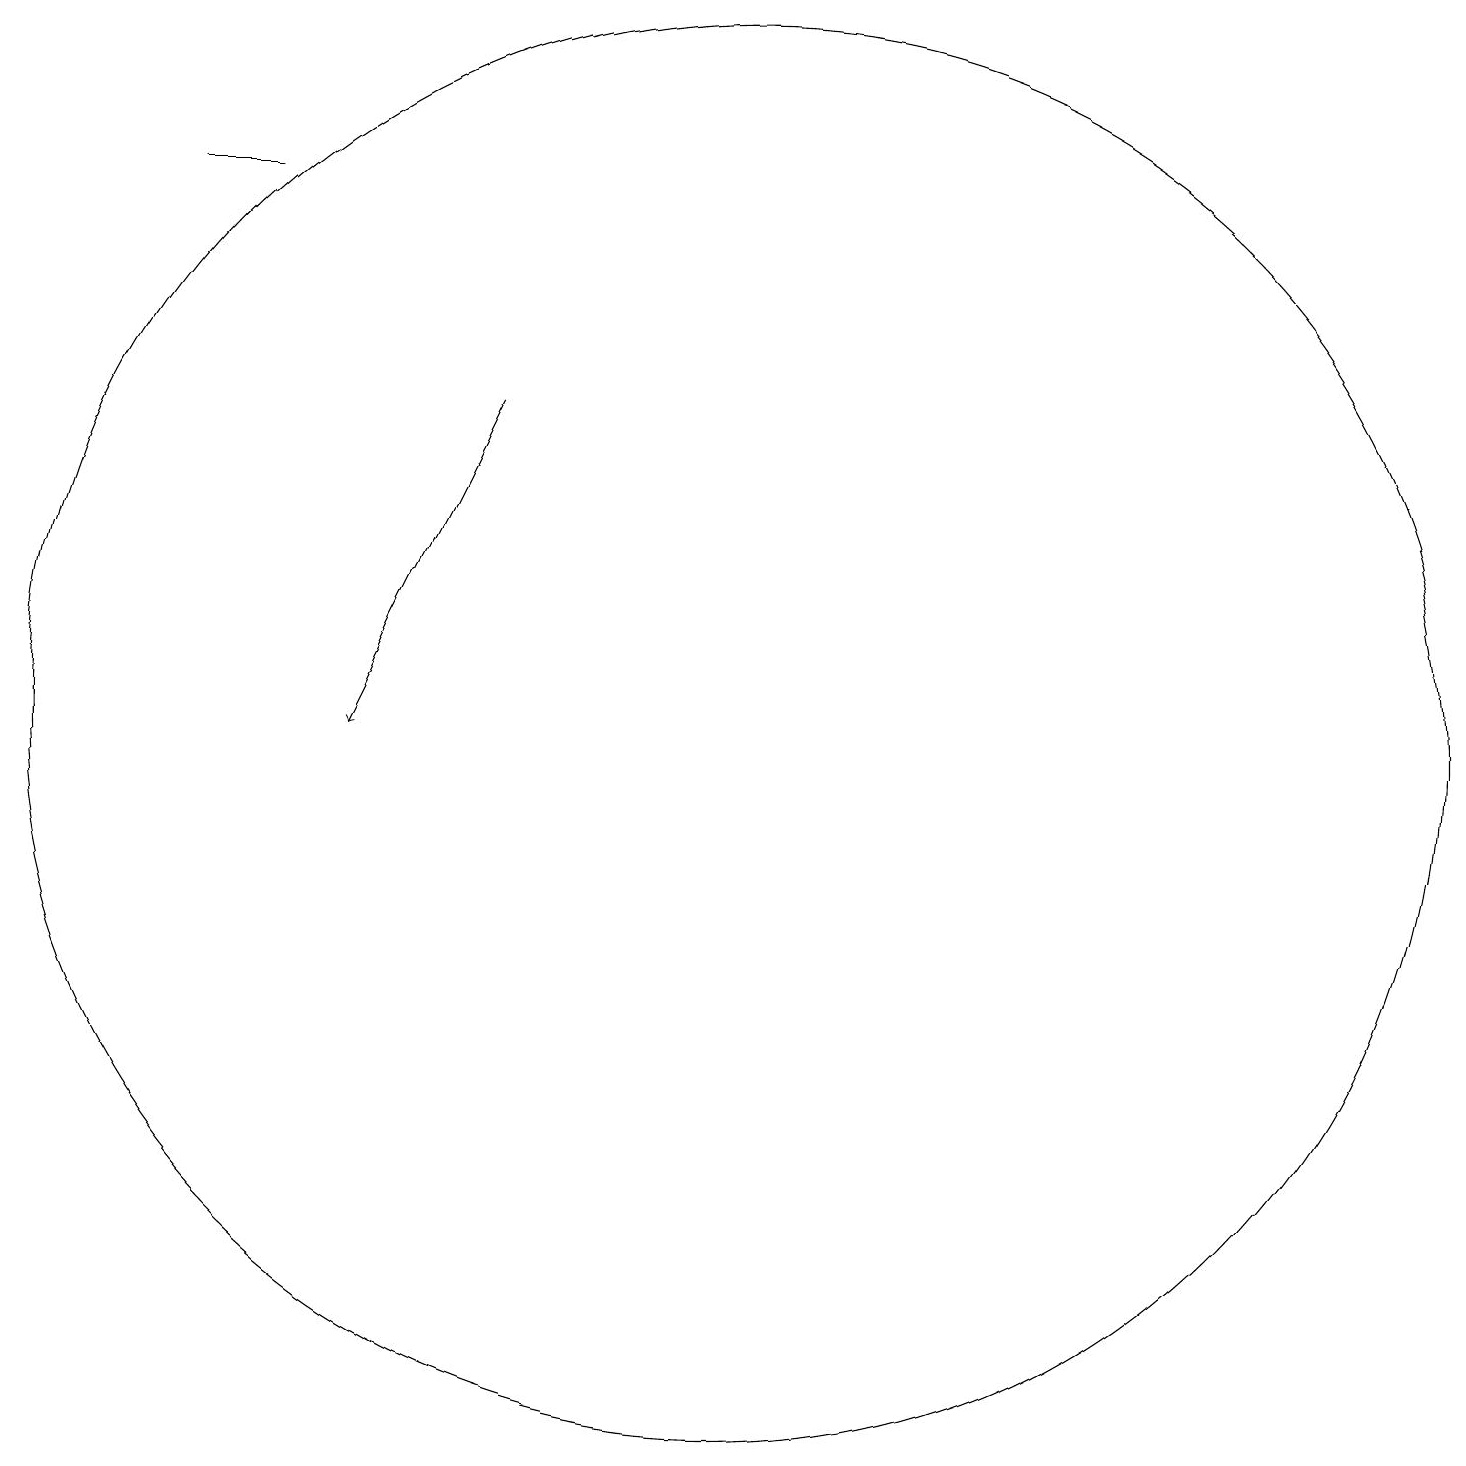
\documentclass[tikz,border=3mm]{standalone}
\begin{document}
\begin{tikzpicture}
\draw[->] (7,16) -- (5,12);
\draw (10,12) circle (9);
\draw (3,19) rectangle (4,19);
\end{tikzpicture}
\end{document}